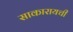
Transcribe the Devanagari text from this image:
साकारायची